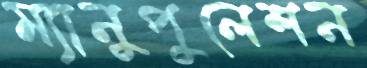
ম্যানুপুলেশন